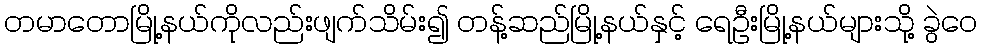
တမာတောမြို့နယ်ကိုလည်းဖျက်သိမ်း၍ တန့်ဆည်မြို့နယ်နှင့် ရေဦးမြို့နယ်များသို့ ခွဲဝေ